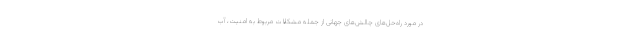
در مورد راه‌حل‌های چالش‌های جهانی از جمله مشکلات مربوط به امنیت، آب